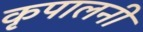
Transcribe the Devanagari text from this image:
कृपालनी